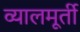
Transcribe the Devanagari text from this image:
व्यालमूर्ती